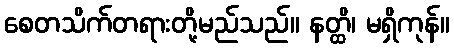
စေတသိက်တရားတို့မည်သည်။ နတ္ထိ၊ မရှိကုန်။